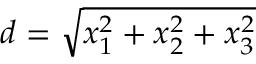
d = { \sqrt { x _ { 1 } ^ { 2 } + x _ { 2 } ^ { 2 } + x _ { 3 } ^ { 2 } } }